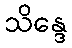
သိန္ဒေ